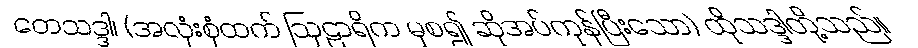
တေသဒ္ဒါ၊ (အလုံးစုံထက် ဩဠာရိက မှစ၍ ဆိုအပ်ကုန်ပြီးသော) ထိုသဒ္ဒါတို့သည်။